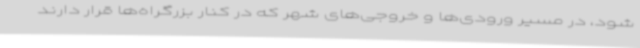
شود، در مسیر ورودی‌ها و خروجی‌های شهر که در کنار بزرگراه‌ها قرار دارند